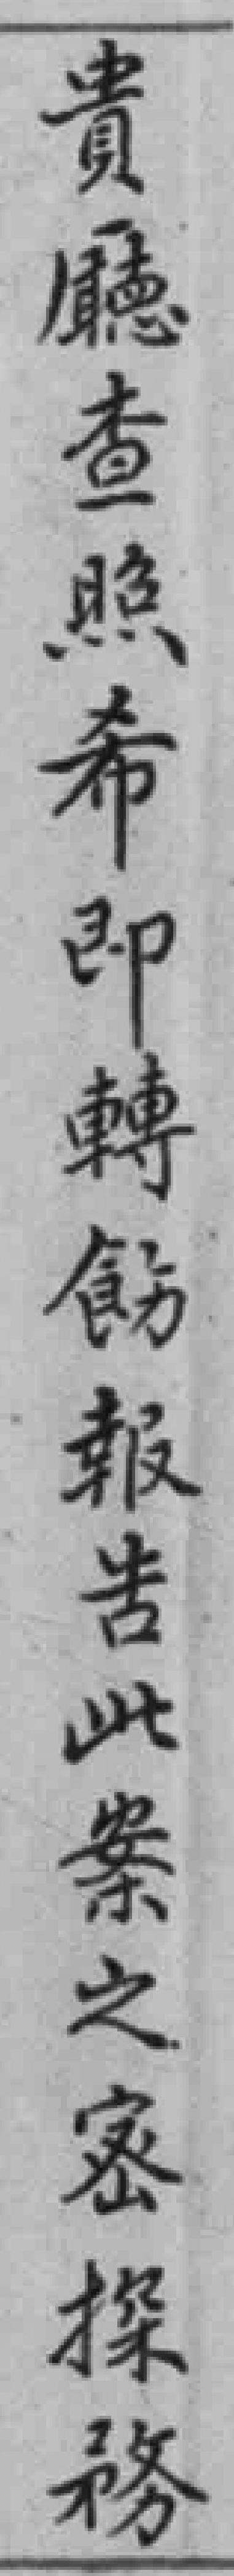
貴廳查照希即轉飭報告此案之密探務